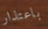
باعتذار